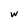
Character: w